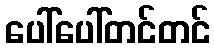
ပေါ်ပေါ်တင်တင်